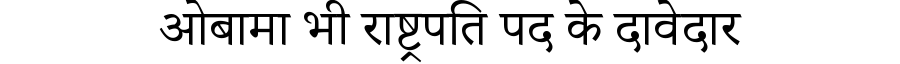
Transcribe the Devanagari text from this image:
ओबामा भी राष्ट्रपति पद के दावेदार